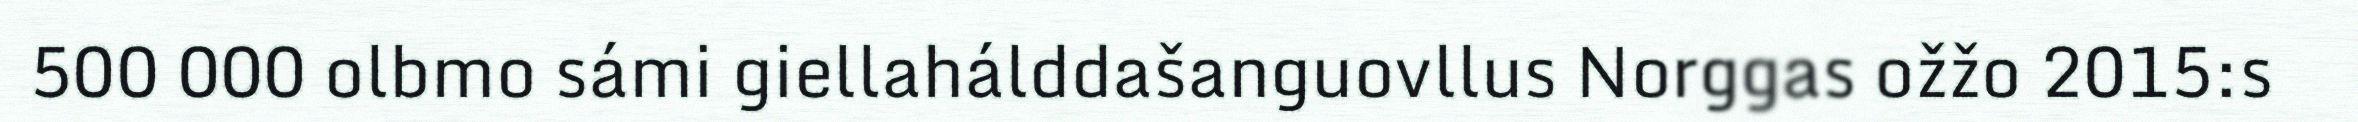
500 000 olbmo sámi giellahálddašanguovllus Norggas ožžo 2015:s